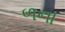
ળના